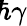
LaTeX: \! \hbar\gamma